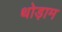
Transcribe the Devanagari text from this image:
थोड़ाम